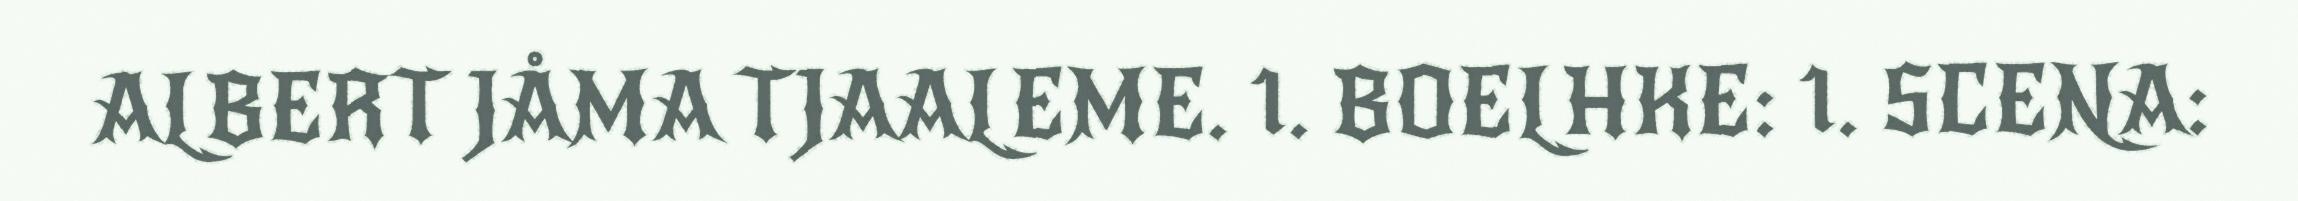
ALBERT JÅMA TJAALEME. 1. BOELHKE: 1. SCENA: